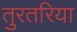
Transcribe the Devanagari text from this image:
तुरतरिया